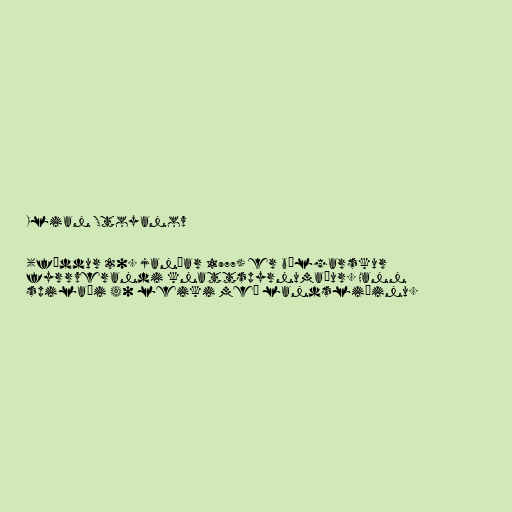
Ilian Stoyanov

(fæddur 20. janúar 1977) er búlgarskur
fyrrverandi knattspyrnumaður. Hann
spilaði 40 leiki með landsliðinu.